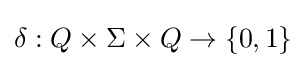
\delta :Q\times \Sigma \times Q\to \{0,1\}